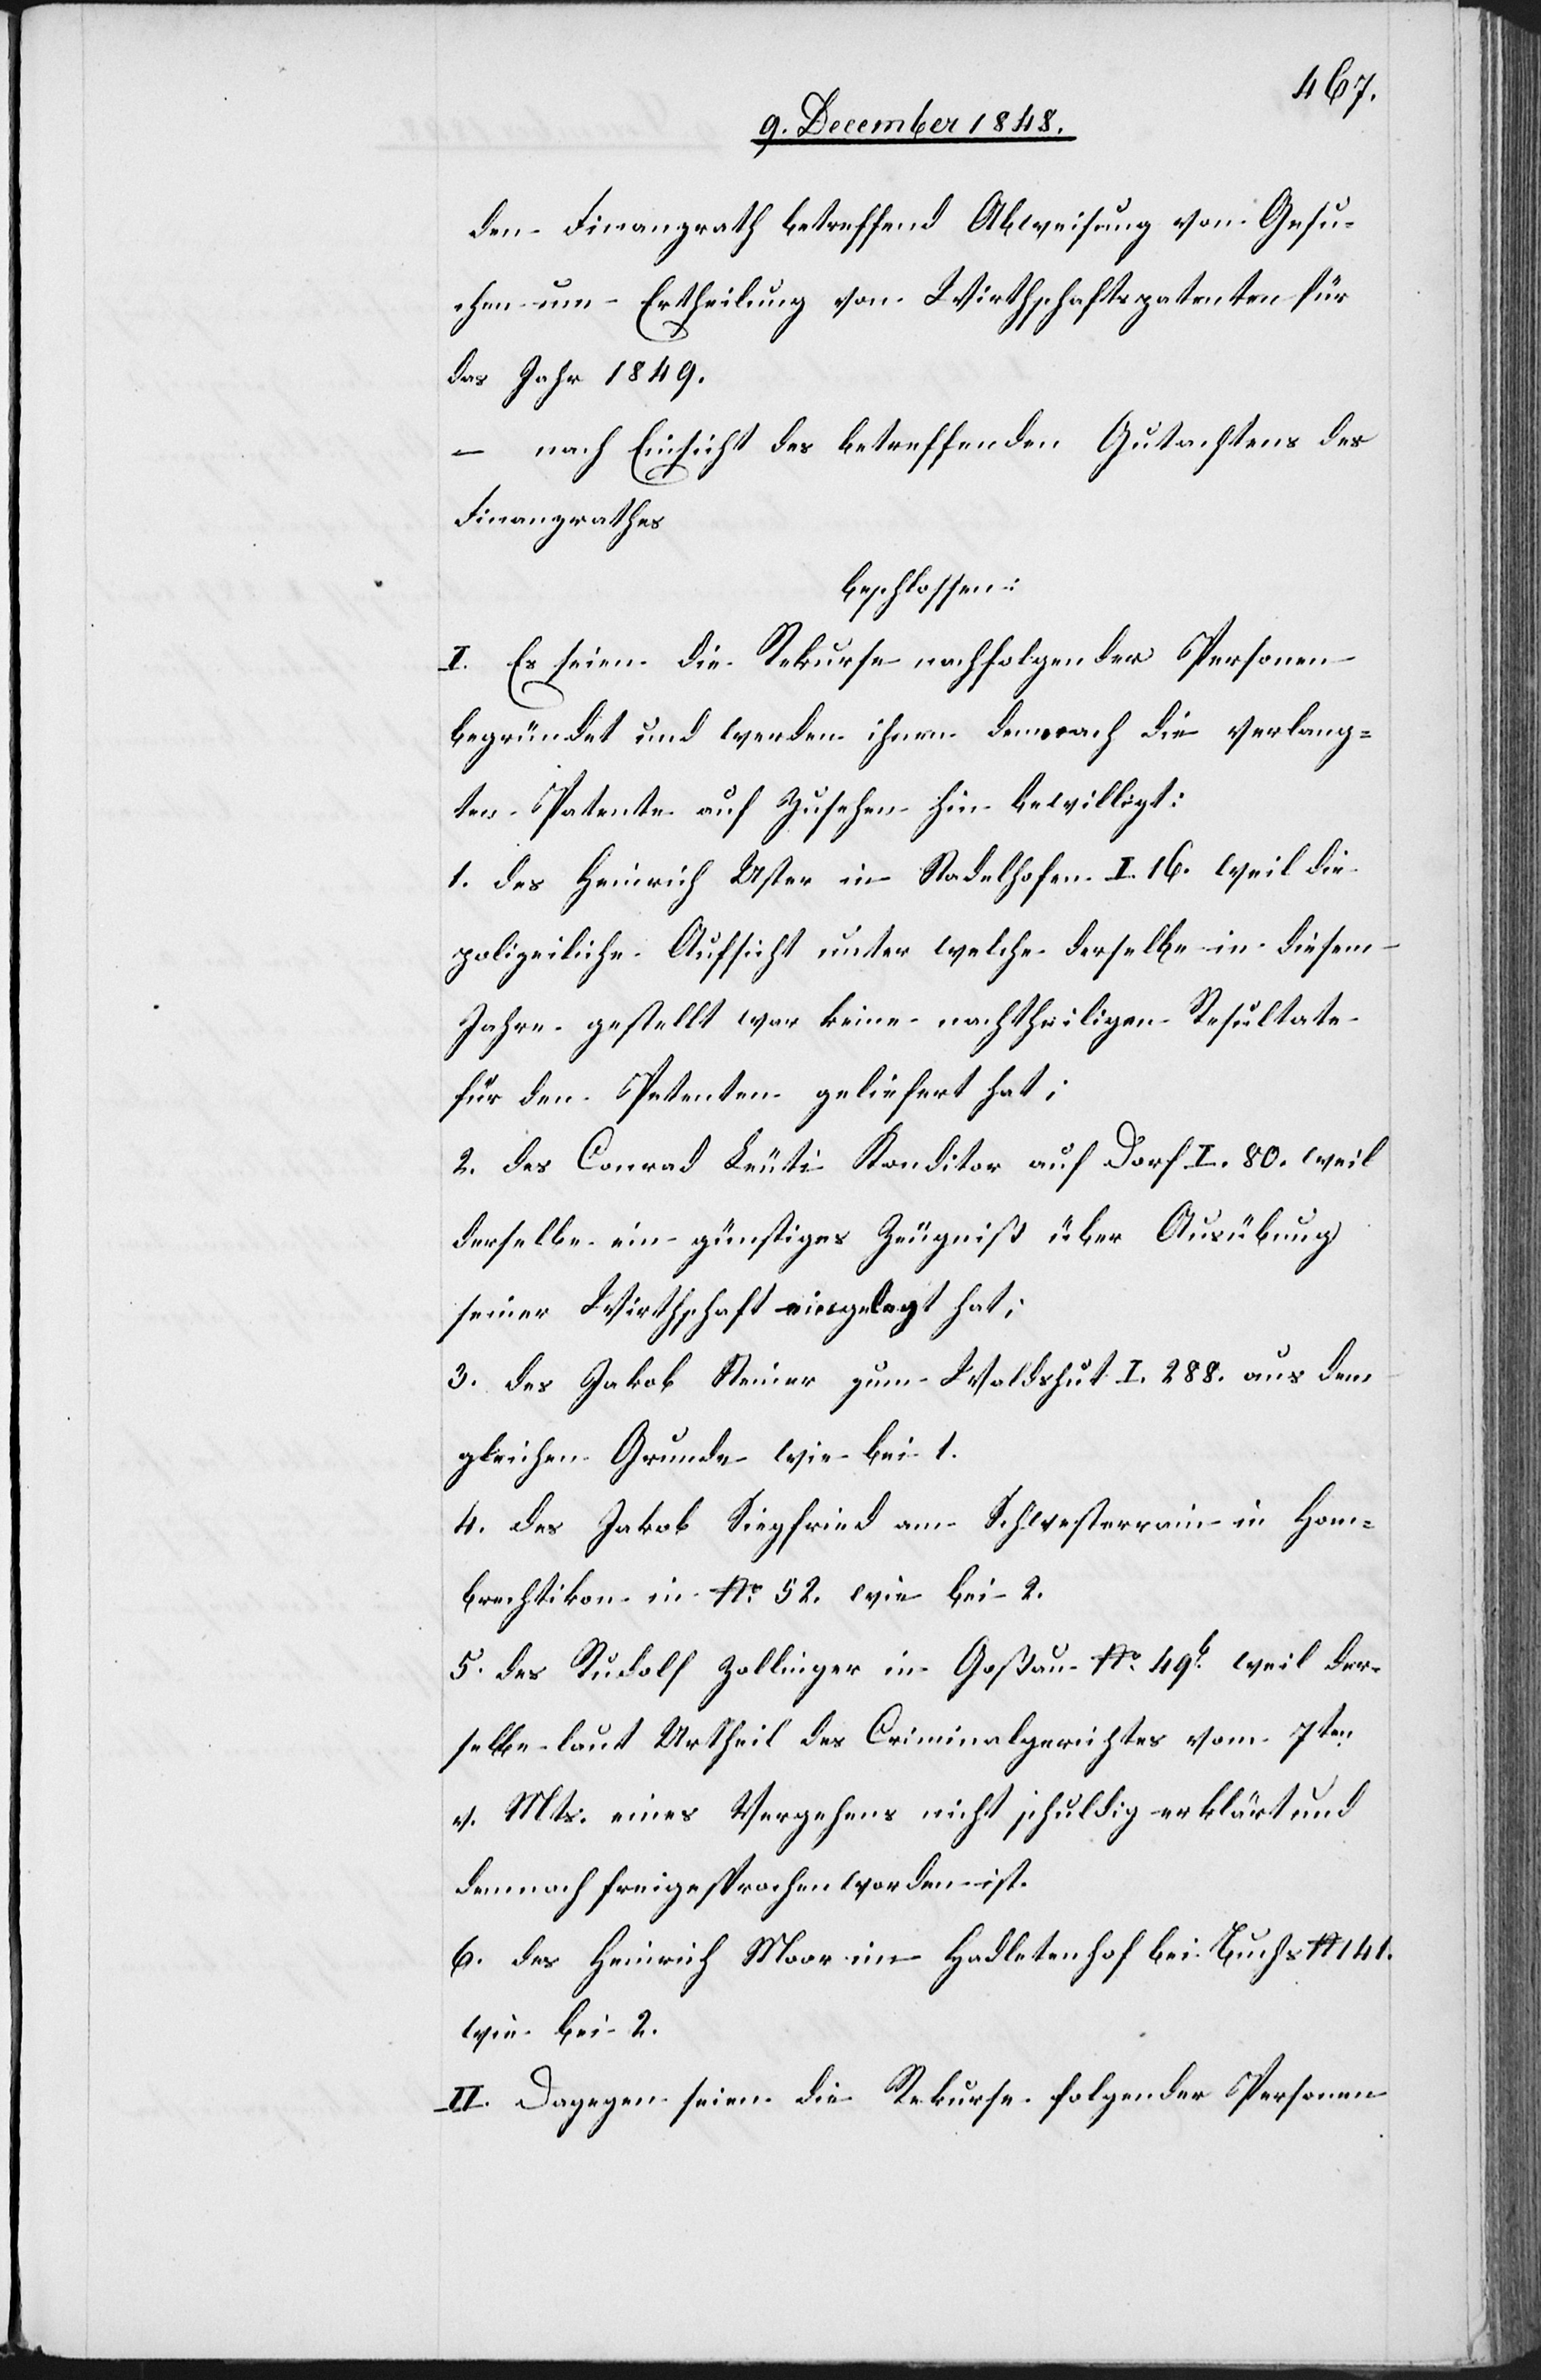
den Finanzrath betreffend Abweisung von Gesu¬
chen um Ertheilung von Wirthschaftspatenten für
das Jahr 1849.
– nach Einsicht des betreffenden Gutachtens des
Finanzrathes
beschlossen:
I. Es seien die Rekurse nachfolgender Personen
begründet und werden ihnen demnach die verlang¬
ten Patente auf Zusehen hin bewilligt:
1. des Heinrich Uster in Stadelhofen I. 16. weil die
polizeiliche Aufsicht unter welche derselbe in diesem
Jahre gestellt war keine nachtheiligen Resultate
für den Petenten geliefert hat;
2. des Conrad Leuti Konditor auf Dorf I. 80. weil
derselbe ein günstiges Zeugniß über Ausübung
seiner Wirthschaft eingelegt hat;
3. des Jakob Steiner zum Waldshut I. 288. aus dem
gleichen Grunde wie bei 1.
4. des Jakob Siegfried am Schwesterrain in Hom¬
brechtikon in No 52. wie bei 2.
5. des Rudolf Zollinger in Goßau No 49b weil der¬
selbe laut Urtheil des Criminalgerichtes vom 7ten
v. Mts. eines Vergehens nicht schuldig erklärt und
demnach freigesprochen worden ist.
6. des Heinrich Moor im Hadletenhof bei Buchs No 141.
wie bei 2.
II. Dagegen seien die Rekurse folgender Personen